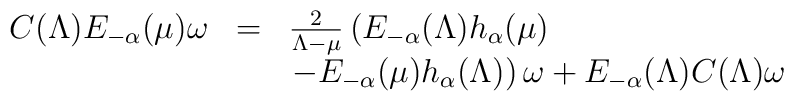
\begin{array}{lcl}C( \Lambda ) E_{- \alpha} (\mu) \omega & = & \frac{2}{\Lambda - \mu}\left( E_{- \alpha} ( \Lambda ) h_\alpha (\mu) \right.\\& & \left.- E_{- \alpha} (\mu) h_\alpha ( \Lambda ) \right) \omega +E_{- \alpha} ( \Lambda ) C( \Lambda ) \omega\end{array}